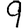
Digit: 9